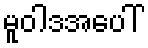
မူဝါဒအပေါ်